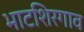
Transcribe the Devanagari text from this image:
भाटशिरगाव